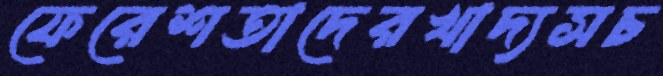
ফেরেশতাদেরখাদ্যসচ